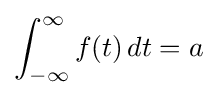
\int _{-\infty }^{\infty }f(t)\,dt=a